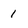
Character: 1